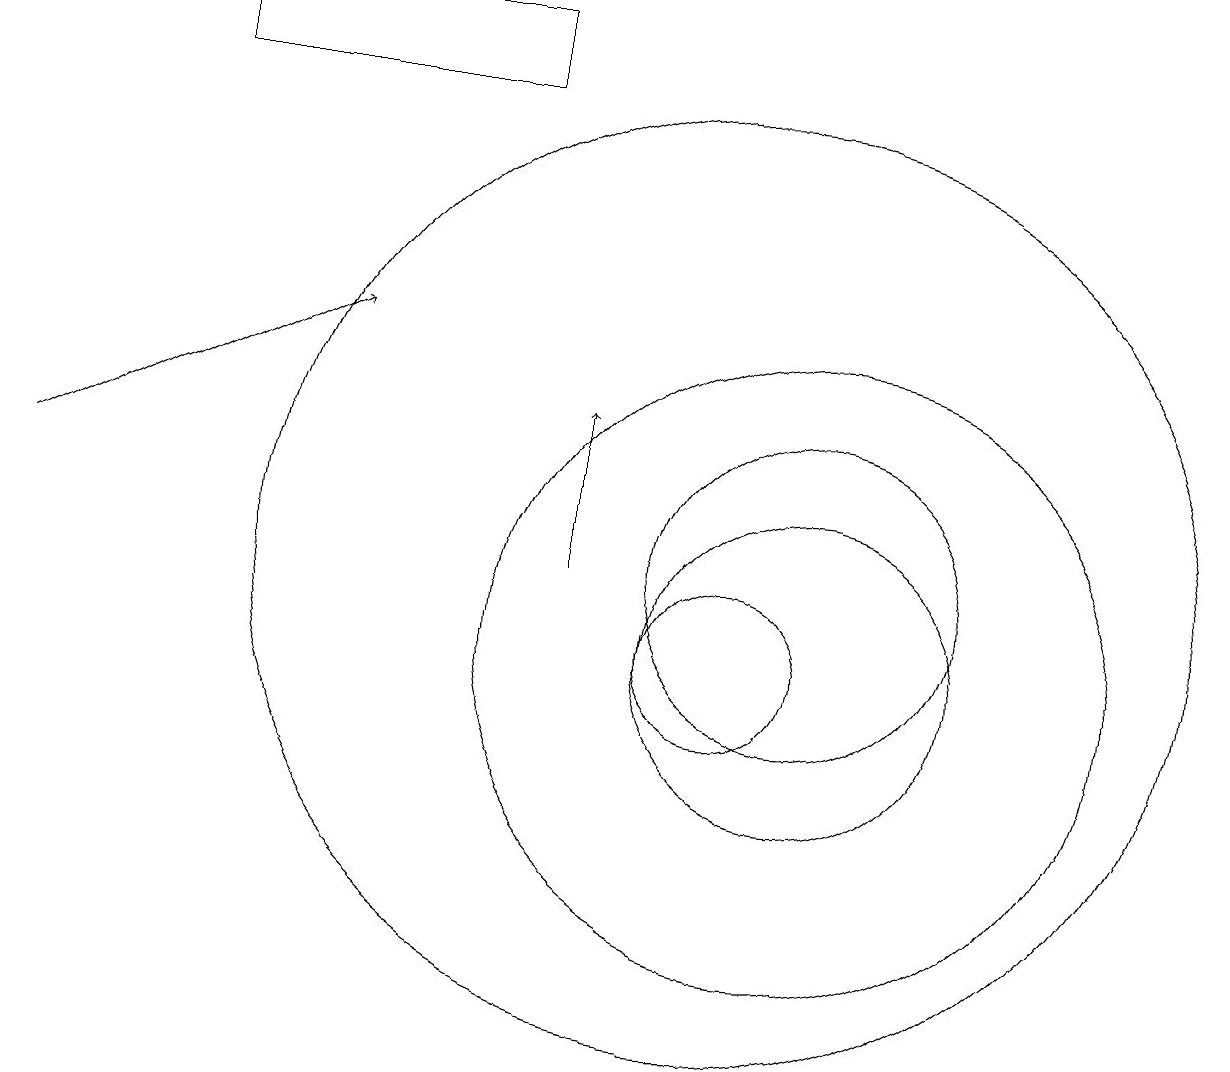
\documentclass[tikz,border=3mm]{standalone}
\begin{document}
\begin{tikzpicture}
\draw (10,11) circle (6);
\draw (10,10) circle (1);
\draw[->] (8,11) -- (8,13);
\draw (11,11) circle (2);
\draw (11,10) circle (2);
\draw[->] (1,12) -- (5,14);
\draw (3,17) rectangle (7,18);
\draw (11,10) circle (4);
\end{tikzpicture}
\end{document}